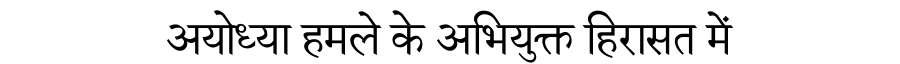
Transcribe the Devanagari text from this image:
अयोध्या हमले के अभियुक्त हिरासत में